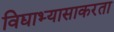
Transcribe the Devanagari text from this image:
विद्याभ्यासाकरता